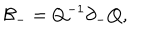
{ \cal B } _ { - } = Q ^ { - 1 } \partial _ { - } Q ,